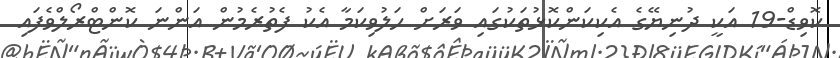
ކޮވިޑް-19 އަކީ ދުނިޔޭގެ އެކިކަންކޮޅުތަކުގައި ވަރަށް ހަލުވިކަމާ އެކު ފެތުރެމުން އަންނަ ކޮންޓްރޯލްވެފައި